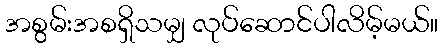
အစွမ်းအစရှိသမျှ လုပ်ဆောင်ပါလိမ့်မယ်။